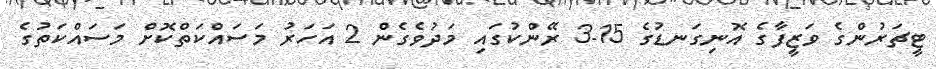
ޓީޗަރުންގެ ވަޒީފާގެ އޮނިގަނޑުގެ 15-3 ރޭންކުގައި މަދުވެގެން 2 އަހަރު މަސައްކަތްކޮށް މަސައްކަތުގެ